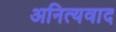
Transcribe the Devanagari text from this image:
अनित्यवाद